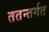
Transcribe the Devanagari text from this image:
ततन्तर्गत